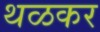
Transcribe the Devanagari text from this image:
थळकर